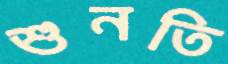
শুনতি